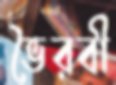
ভৈরবী